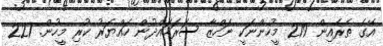
އޭގެ ތެރެއިން 219 މީހުންނަކީ ނަހްޒާ ސަރަހައްދުން ހައްޔަރު ކުރި މީހުން. 221